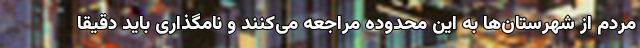
مردم از شهرستان‌ها به این محدوده مراجعه می‌کنند و نامگذاری باید دقیقا